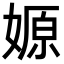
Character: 嫄